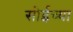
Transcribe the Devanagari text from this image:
सोईच्या